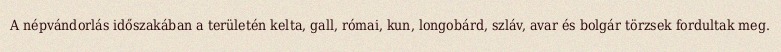
A népvándorlás időszakában a területén kelta, gall, római, kun, longobárd, szláv, avar és bolgár törzsek fordultak meg.